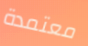
معتمدة